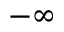
- \infty